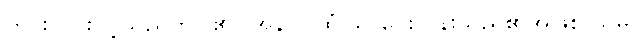
ဟင်းလင်းပွင့်သည်ကိုပြု၏။ အနာပါထံဝါ၊ (ဝေးလွန်းသည်၏အဖြစ် သိမ်